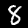
Digit: 8